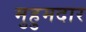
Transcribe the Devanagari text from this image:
मुहुमदार